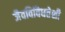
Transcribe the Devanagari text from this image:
जैवविविधतेशी